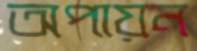
অপায়ন